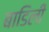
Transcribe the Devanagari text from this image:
बाडिली